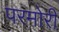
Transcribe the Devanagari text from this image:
परमोरी